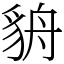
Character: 貈